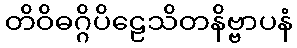
တိဝိဓဂ္ဂိပိဠေသိတနိဗ္ဗာပနံ